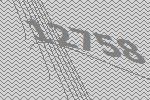
12758